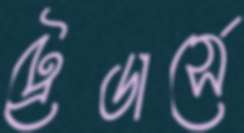
ট্রেডার্সে